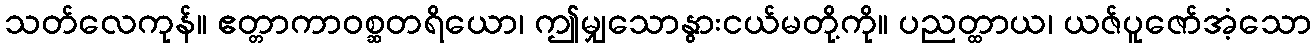
သတ်လေကုန်။ ဧတ္တာကာဝစ္ဆတရိယော၊ ဤမျှသောနွားငယ်မတို့ကို။ ပညတ္ထာယ၊ ယဇ်ပူဇော်အံ့သော